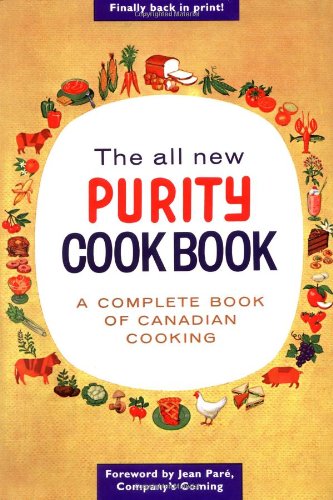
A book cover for The All New Purity Cookbook (Classic Canadian Cookbook Series); Elizabeth Driver; Cookbooks, Food & Wine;